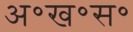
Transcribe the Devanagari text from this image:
अ॰ख॰स॰